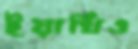
ইয়াখিও